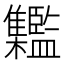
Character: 𩁱